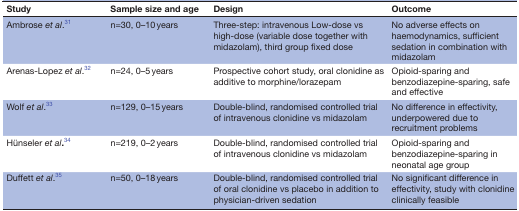
| Study | Sample size and age | Design | Outcome |
 | --- | --- | --- | --- |
 | Ambrose et al.31 | n=30, 0–10 years | Three-step: intravenous Low-dose vs high-dose (variable dose together with midazolam), third group fixed dose | No adverse effects on haemodynamics, sufficient sedation in combination with midazolam |
 | Arenas-Lopez et al.32 | n=24, 0–5 years | Prospective cohort study, oral clonidine as additive to morphine/lorazepam | Opioid-sparing and benzodiazepine-sparing, safe and effective |
 | Wolf et al.33 | n=129, 0–15 years | Double-blind, randomised controlled trial of intravenous clonidine vs midazolam | No difference in effectivity, underpowered due to recruitment problems |
 | Hünseler et al.34 | n=219, 0–2 years | Double-blind, randomised controlled trial of intravenous clonidine vs midazolam | Opioid-sparing and benzodiazepine-sparing in neonatal age group |
 | Duffett et al.35 | n=50, 0–18 years | Double-blind, randomised controlled trial of oral clonidine vs placebo in addition to physician-driven sedation | No significant difference in effectivity, study with clonidine clinically feasible |